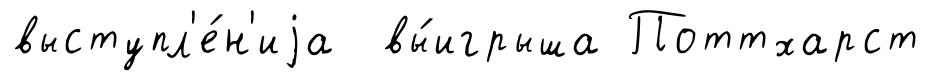
выступл'е́н'иjа вы́игрыша Поттхарст